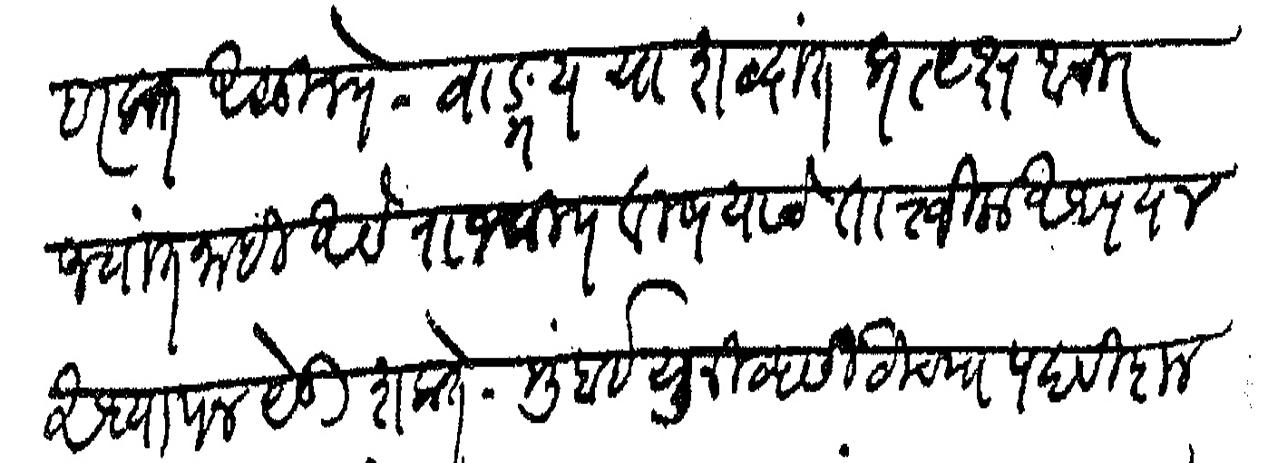
Transliteration (Devanagari): हरकत असू नये वाङमय याशब्दात प्रत्यक्ष आचार ज्यात नाही असे राजकीय विषयाचे तात्त्विक अध्ययन अध्यापन येऊ शकते मुंबई युनिव्हर्सिटीच्या पदवीदान